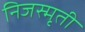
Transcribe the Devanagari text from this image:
निजस्मृती